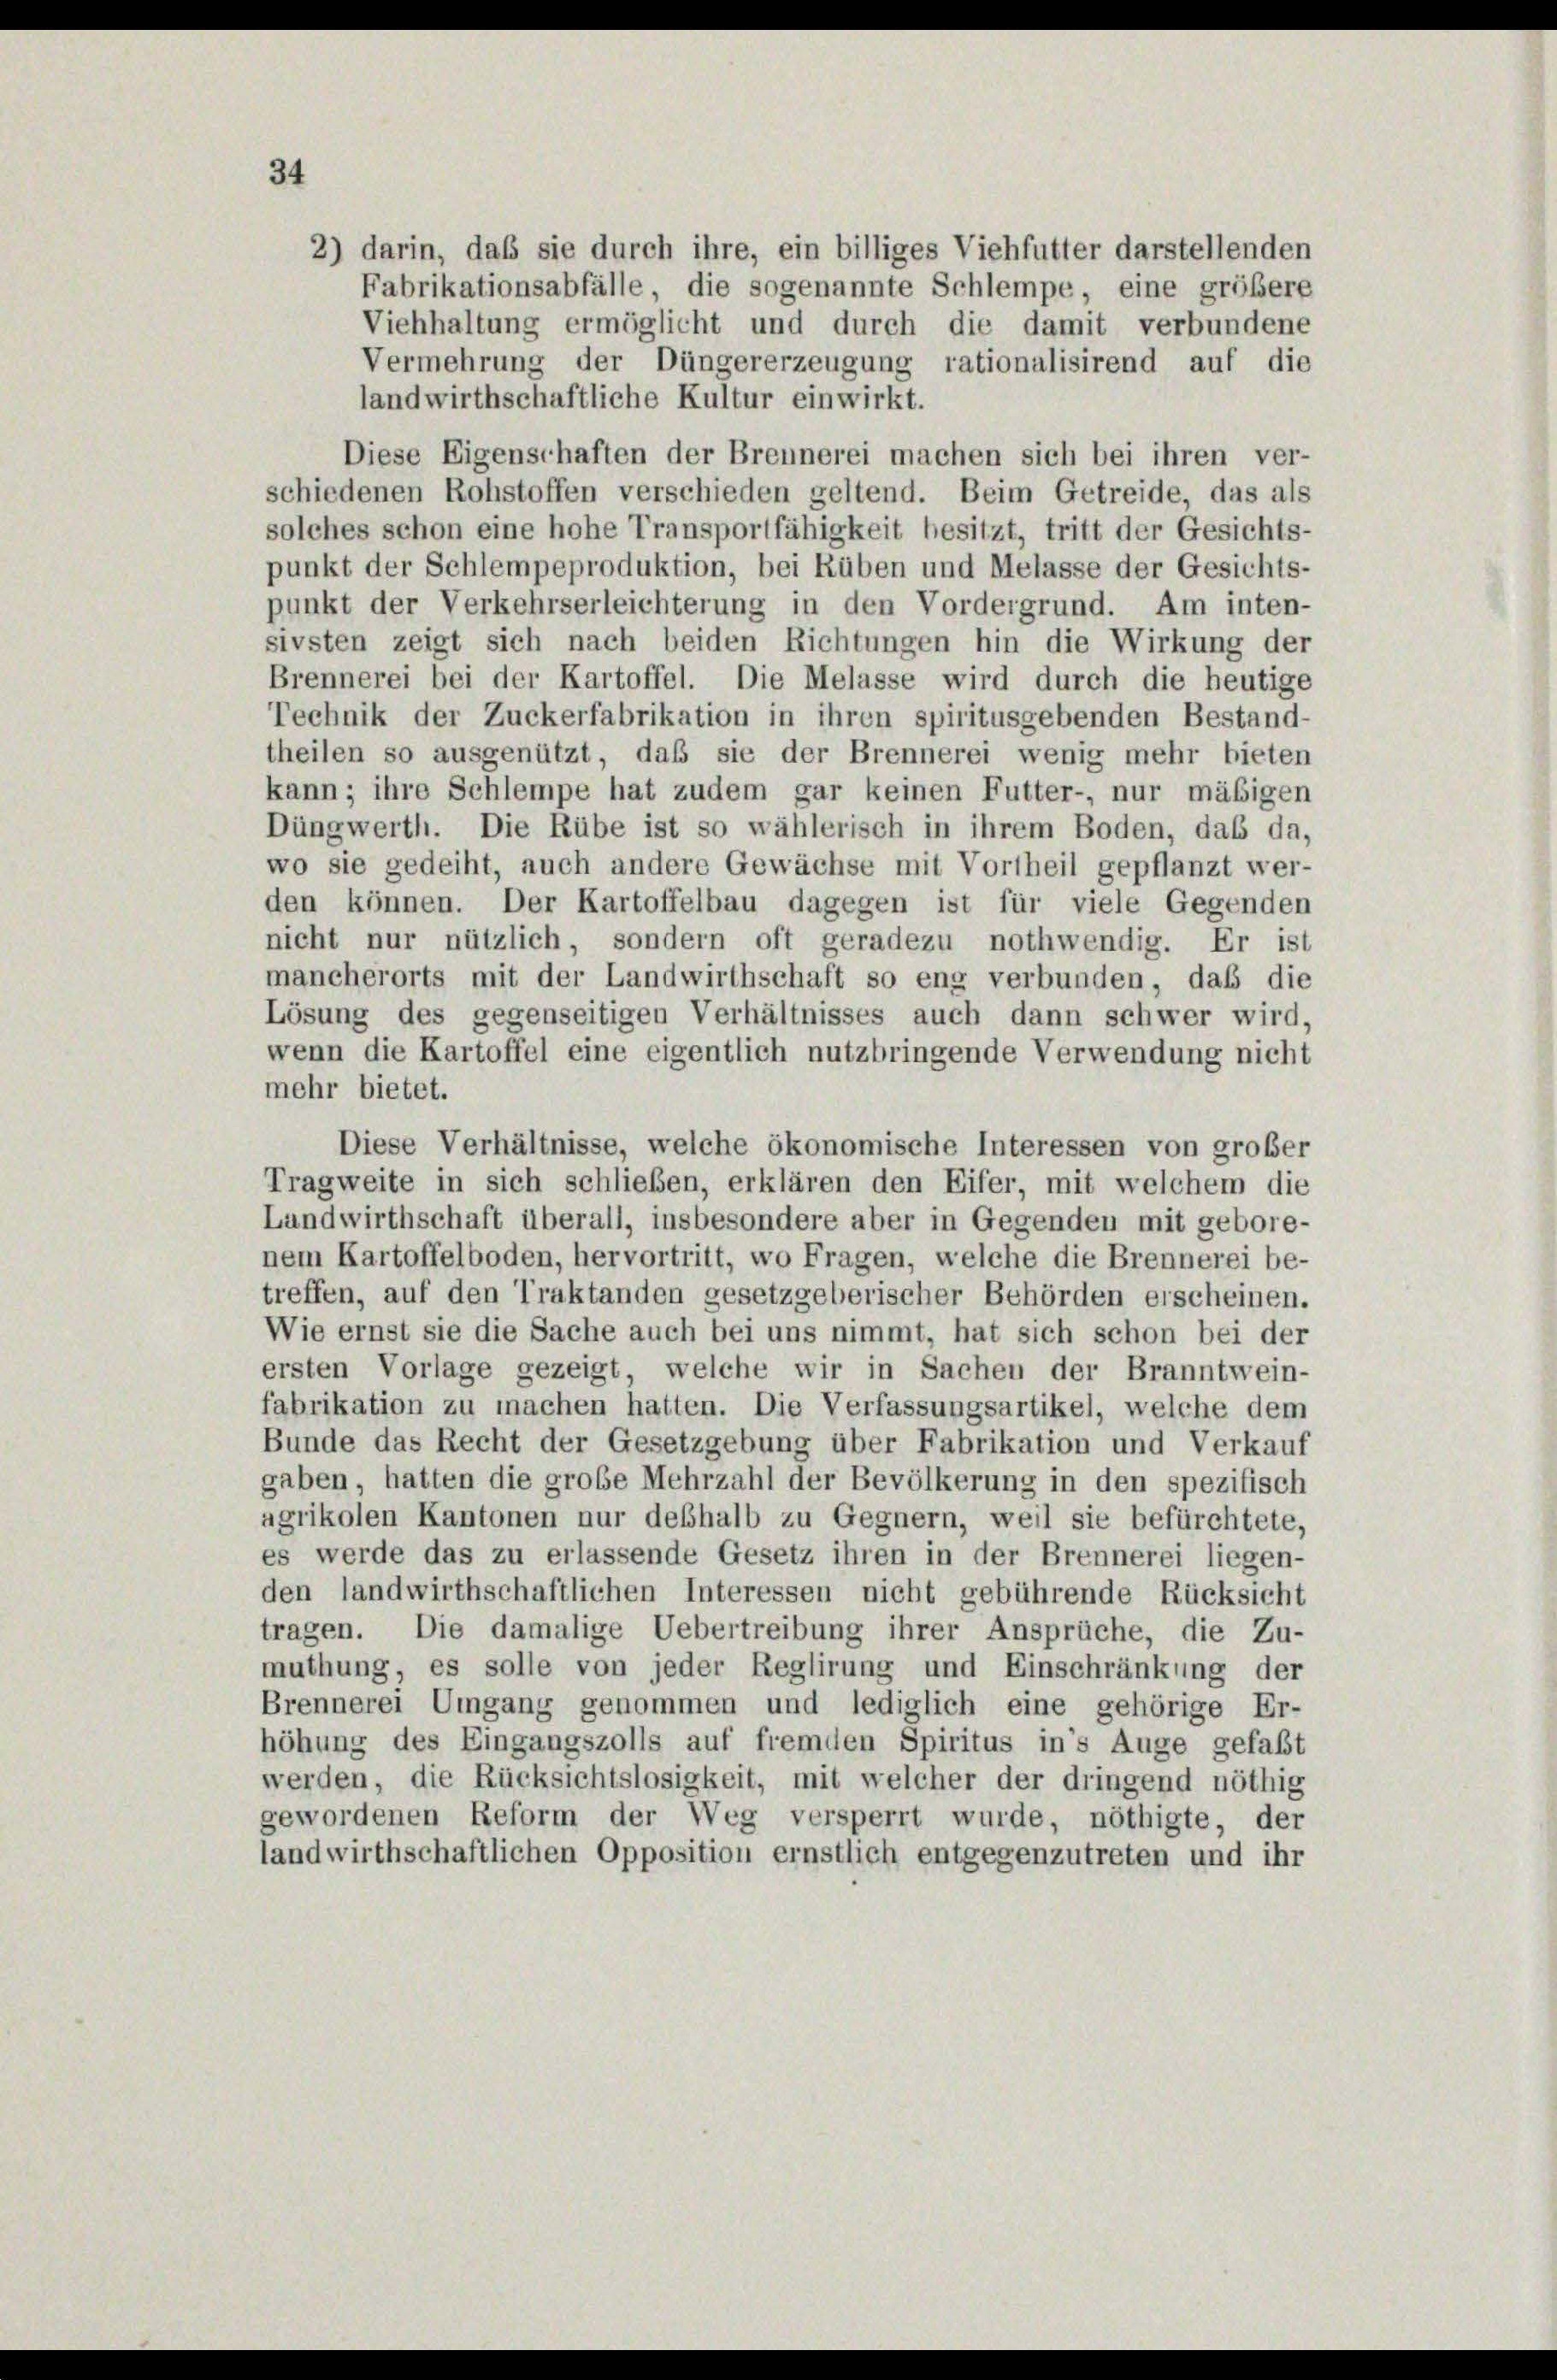
34

2) darin, daß sie durch ihre, ein billiges Viehfutter darstellenden
Fabrikationsabfälle, die sogenannte Schlempe, eine größere
Viehhaltung ermöglicht und durch die damit verbundene
Vermehrung der Düngererzeugung rationalisirend auf die
landwirthschaftliche Kultur einwirkt.
Diese Eigenschaften der Brennerei machen sich bei ihren ver-
schiedenen Rohstoffen verschieden geltend. Beim Getreide, das als
solches schon eine hohe Transportfähigkeit besitzt, tritt der Gesichts-
punkt der Schlempeproduktion, bei Rüben und Melasse der Gesichts-
punkt der Verkehrserleichterung in den Vordergrund. Am inten-
sivsten zeigt sich nach beiden Richtungen hin die Wirkung der
Brennerei bei der Kartoffel. Die Melasse wird durch die heutige
Technik der Zuckerfabrikation in ihren spiritusgebenden Bestand-
theilen so ausgenützt, daß sie der Brennerei wenig mehr bieten
kann; ihre Schlempe hat zudem gar keinen Futter-, nur mäßigen
Düngwerth. Die Rübe ist so wählerisch in ihrem Boden, daß da,
wo sie gedeiht, auch andere Gewächse mit Vortheil gepflanzt wer-
den können. Der Kartoffelbau dagegen ist für viele Gegenden
nicht nur nützlich, sondern oft geradezu nothwendig. Er ist
mancherorts mit der Landwirthschaft so eng verbunden, daß die
Lösung des gegenseitigen Verhältnisses auch dann schwer wird,
wenn die Kartoffel eine eigentlich nutzbringende Verwendung nicht
mehr bietet.
Diese Verhältnisse, welche ökonomische Interessen von großer
Tragweite in sich schließen, erklären den Eifer, mit welchem die
Landwirthschaft überall, insbesondere aber in Gegenden mit gebore-
nem Kartoffelboden, hervortritt, wo Fragen, welche die Brennerei be-
treffen, auf den Traktanden gesetzgeberischer Behörden erscheinen.
Wie ernst sie die Sache auch bei uns nimmt, hat sich schon bei der
ersten Vorlage gezeigt, welche wir in Sachen der Branntwein-
fabrikation zu machen hatten. Die Verfassungsartikel, welche dem
Bunde das Recht der Gesetzgebung über Fabrikation und Verkauf
gaben, hatten die grobe Mehrzahl der Bevölkerung in den spezifisch
agrikolen Kantonen nur deßhalb zu Gegnern, weil sie befürchtete,
es werde das zu erlassende Gesetz ihren in der Brennerei liegen-
den landwirthschaftlichen Interessen nicht gebührende Rücksicht
tragen. Die damalige Uebertreibung ihrer Ansprüche, die Zu-
muthung, es solle von jeder Reglirung und Einschränkung der
Brennerei Umgang genommen und lediglich eine gehörige Er-
höhung des Eingangszolls auf fremden Spiritus in’s Auge gefaßt
werden, die Rücksichtslosigkeit, mit welcher der dringend nöthig
gewordenen Reform der Weg versperrt wurde, nöthigte, der
landwirthschaftlichen Opposition ernstlich entgegenzutreten und ihr